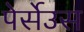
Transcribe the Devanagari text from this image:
पेर्सेउस